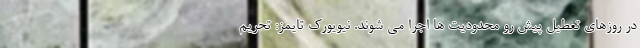
در روزهای تعطیل پیش رو محدودیت ها اجرا می شوند. نیویورک تایمز: تحریم